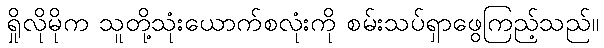
ရှိုလိုမိုက သူတို့သုံးယောက်စလုံးကို စမ်းသပ်ရှာဖွေကြည့်သည်။